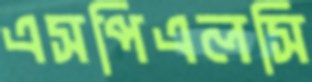
এসপিএলসি